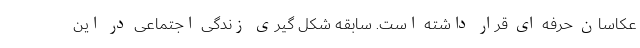
عکاسان حرفه ای قرار داشته است. سابقه شکل گیری زندگی اجتماعی در این